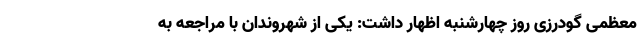
معظمی گودرزی روز چهارشنبه اظهار داشت: یکی از شهروندان با مراجعه به